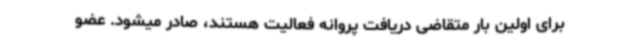
برای اولین بار متقاضی دریافت پروانه فعالیت هستند، صادر میشود. عضو